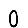
Digit: 0